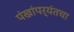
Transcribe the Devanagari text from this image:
पंखांपर्यंतचा